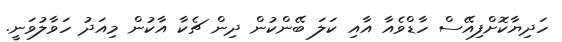
ހަދިޔާކޮށްފިއޭސް ހާޑްވެއާ އާއި ކަލަ ބޭންކުން ދިން ޗެކާ އާކުން މިއަދު ހަވާލުވަނީ.